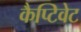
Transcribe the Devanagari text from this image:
कैप्टिवेट